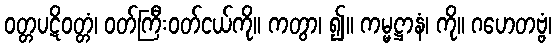
ဝတ္တပဋိဝတ္တံ၊ ဝတ်ကြီးဝတ်ငယ်ကို။ ကတွာ၊ ၍။ ကမ္မဋ္ဌာနံ၊ ကို။ ဂဟေတဗ္ဗံ၊